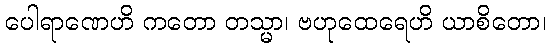
ပေါရာဏေဟိ ကတော တသ္မာ၊ ဗဟုထေရေဟိ ယာစိတော၊